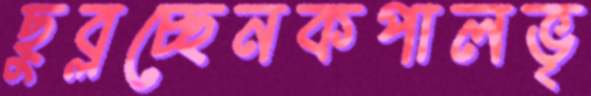
ছুব্‌লচ্ছেনকপালভৃ